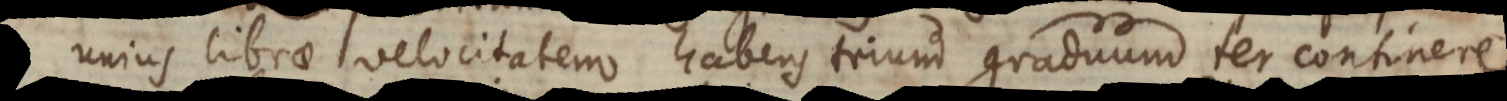
unius librae velocitatem habens trium graduum ter continere